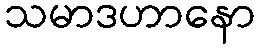
သမာဒဟာနော